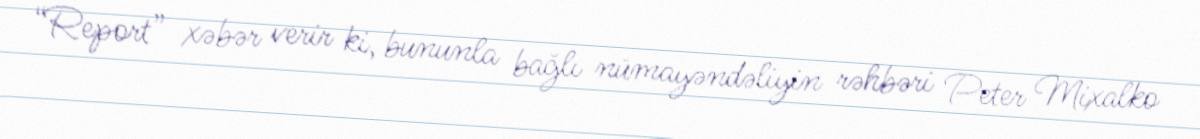
“Report” xəbər verir ki, bununla bağlı nümayəndəliyin rəhbəri Peter Mixalko